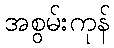
အစွမ်းကုန်